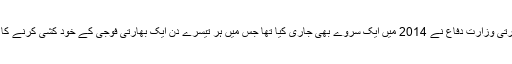
واضح رہے کہ بھارتی وزارت دفاع نے 2014 میں ایک سروے بھی جاری کیا تھا جس میں ہر تیسرے دن ایک بھارتی فوجی کے خود کشی کرنے کا انکشاف کیا گیا تھا۔